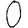
Digit: 0